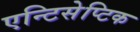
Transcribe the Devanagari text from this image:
एन्टिसेप्टिक